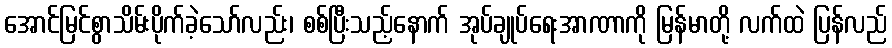
အောင်မြင်စွာသိမ်းပိုက်ခဲ့သော်လည်း၊ စစ်ပြီးသည့်နောက် အုပ်ချုပ်ရေးအာဏာကို မြန်မာတို့ လက်ထဲ ပြန်လည်